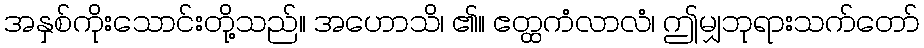
အနှစ်ကိုးသောင်းတို့သည်။ အဟောသိ၊ ၏။ ဧတ္ထကံလာလံ၊ ဤမျှဘုရားသက်တော်